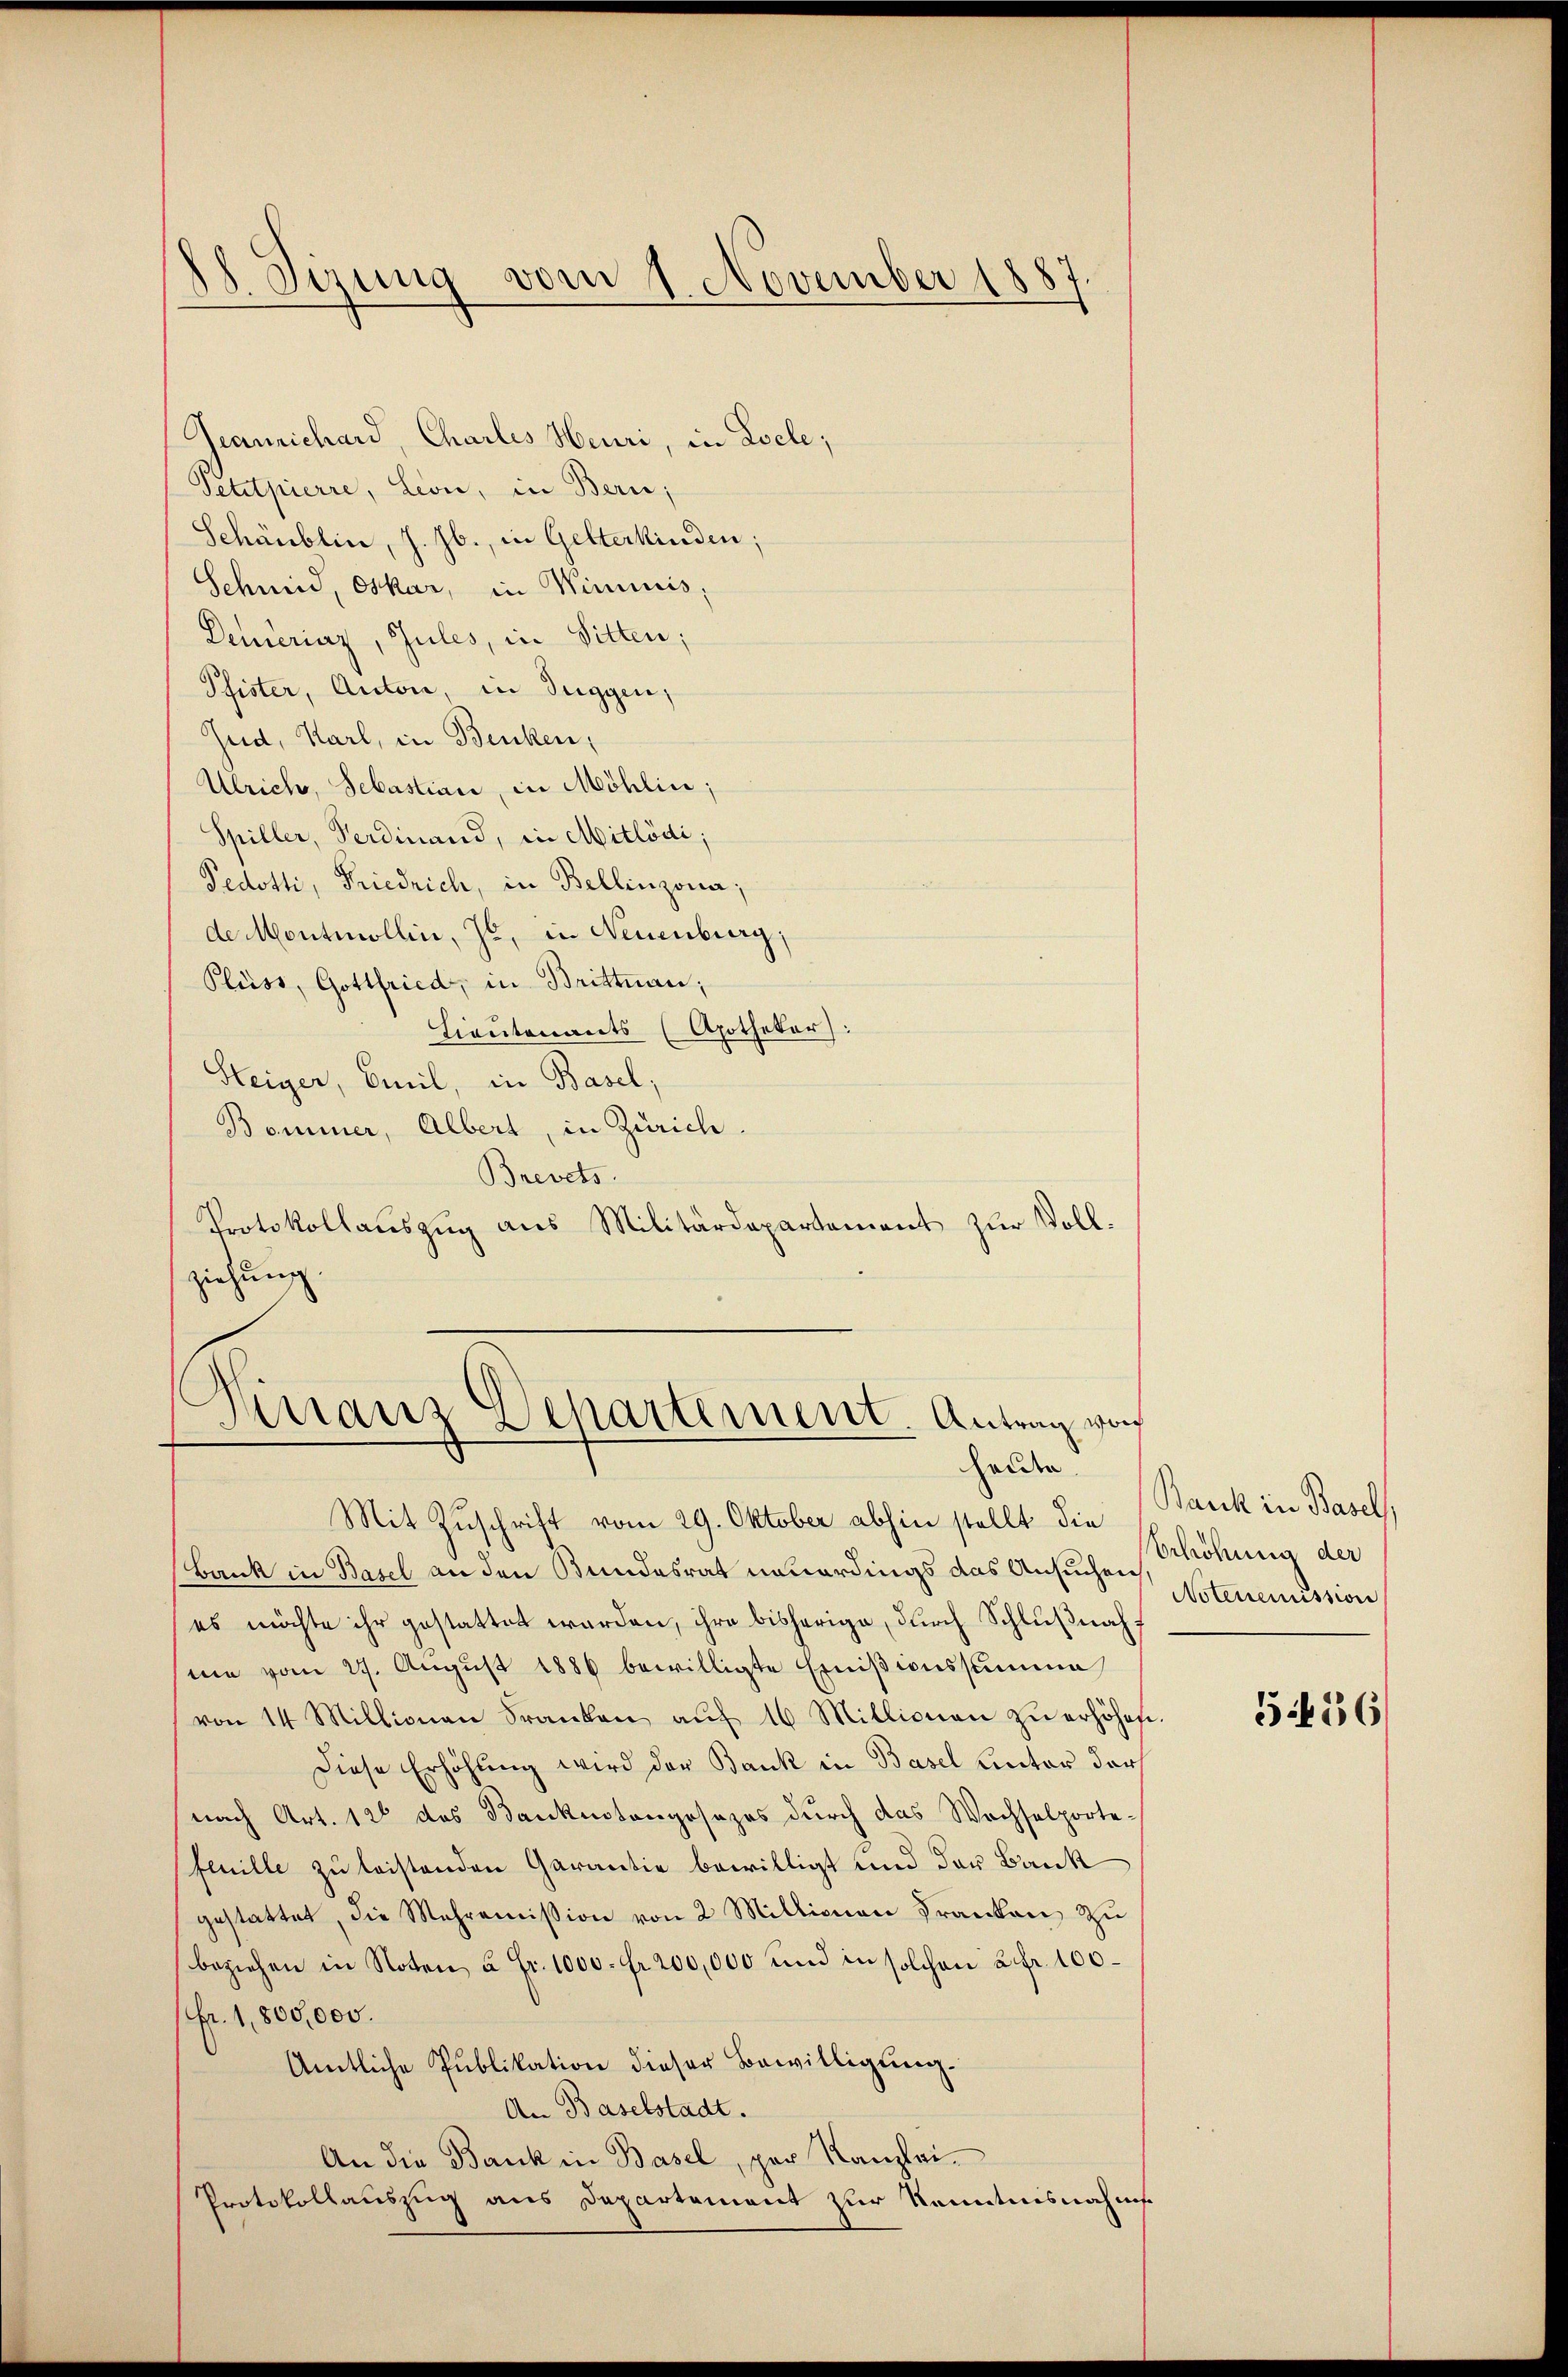
8. Sizung vom 1. November 1887

Geanrichard, Charles Heuri, in Loele;
Petitpierre, Leon, in Bern,
Schänblin, J. J., in Gelterkinden;
Schmid, Oskar, in Winiuis,
Denieriaz, Sules, in Sitten;
Pfister, Anton, in Tuggen,
Gud, Karl, in Benken,
Ulrich, Sebastian, in Möhlin;
Spiller, Ferdinand, in Mitlödi;
Pedotti, Friedrich, in Bellinzona,
de Montmollin, Ja, in Neuenburg,
Pluss, Gottfried, in Brittnau;
Lieutenants (Apothekar:
Steiger, Emil, in Basel,
Bominer, Albert, in Zürich.
Brevets.
Protokollauszug aus Militärdepartement zur Vollziehung

Mit Zuschrift vom 29. Oktober abhin stellt die
Bank in Basel an den Bundesrat neuerdings das Ansuchen,
es möchte ihr gestattet werden, ihre bisherige, durch Schlußnahmie vom 27. August 1886 bewilligte Einißionsstimme
von 14 Millionen Franken aŭf 16 Millionen zŭ erhöhete.
Diese Erhöhung wird der Bank in Basel Rector der
(nach Art. 12 das Banknotengosezes durch das Wechselporte
feuille zu leistenden Garantie bewilligt und der Bank
gestattet, die Mehraṁission von 2 Millionen Franken zu
beziehen in Noten u Fr. 1000. Fr. 200,000 und in solchen 2 fr. 100
Fr. 1,800,000.
Amtliche Publikation dieser Bewilligung.
An Baselstadt.
An die Bank in Basel, per Kanzlei.
Protokollauszug aus Departement zur Kenntnisnahms

Finanz Departement. Antrag von
helden

Bank in Basels
Erhöhung der
Noteremission

5456